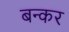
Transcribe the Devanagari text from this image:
बन्कर